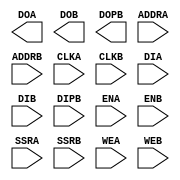
//    Xilinx Proprietary Primitive Cell X_RAMB16_S2_S18 for Verilog
//
// $Header: /devl/xcs/repo/env/Databases/CAEInterfaces/verplex_libs/data/simprims/X_RAMB16_S2_S18.v,v 1.5.138.3 2004/09/28 20:47:46 wloo Exp $
//

`celldefine
`timescale 1 ps/1 ps

module X_RAMB16_S2_S18 (DOA, DOB, DOPB, ADDRA, ADDRB, CLKA, CLKB, DIA, DIB, DIPB, ENA, ENB, SSRA, SSRB, WEA, WEB);

    parameter INIT_A = 2'h0;
    parameter INIT_B = 18'h0;
    parameter SRVAL_A = 2'h0;
    parameter SRVAL_B = 18'h0;
    parameter WRITE_MODE_A = "WRITE_FIRST";
    parameter WRITE_MODE_B = "WRITE_FIRST";
//    parameter SETUP_ALL = 10;
//    parameter SETUP_READ_FIRST = 30;

    parameter INIT_00 = 256'h0000000000000000000000000000000000000000000000000000000000000000;
    parameter INIT_01 = 256'h0000000000000000000000000000000000000000000000000000000000000000;
    parameter INIT_02 = 256'h0000000000000000000000000000000000000000000000000000000000000000;
    parameter INIT_03 = 256'h0000000000000000000000000000000000000000000000000000000000000000;
    parameter INIT_04 = 256'h0000000000000000000000000000000000000000000000000000000000000000;
    parameter INIT_05 = 256'h0000000000000000000000000000000000000000000000000000000000000000;
    parameter INIT_06 = 256'h0000000000000000000000000000000000000000000000000000000000000000;
    parameter INIT_07 = 256'h0000000000000000000000000000000000000000000000000000000000000000;
    parameter INIT_08 = 256'h0000000000000000000000000000000000000000000000000000000000000000;
    parameter INIT_09 = 256'h0000000000000000000000000000000000000000000000000000000000000000;
    parameter INIT_0A = 256'h0000000000000000000000000000000000000000000000000000000000000000;
    parameter INIT_0B = 256'h0000000000000000000000000000000000000000000000000000000000000000;
    parameter INIT_0C = 256'h0000000000000000000000000000000000000000000000000000000000000000;
    parameter INIT_0D = 256'h0000000000000000000000000000000000000000000000000000000000000000;
    parameter INIT_0E = 256'h0000000000000000000000000000000000000000000000000000000000000000;
    parameter INIT_0F = 256'h0000000000000000000000000000000000000000000000000000000000000000;
    parameter INIT_10 = 256'h0000000000000000000000000000000000000000000000000000000000000000;
    parameter INIT_11 = 256'h0000000000000000000000000000000000000000000000000000000000000000;
    parameter INIT_12 = 256'h0000000000000000000000000000000000000000000000000000000000000000;
    parameter INIT_13 = 256'h0000000000000000000000000000000000000000000000000000000000000000;
    parameter INIT_14 = 256'h0000000000000000000000000000000000000000000000000000000000000000;
    parameter INIT_15 = 256'h0000000000000000000000000000000000000000000000000000000000000000;
    parameter INIT_16 = 256'h0000000000000000000000000000000000000000000000000000000000000000;
    parameter INIT_17 = 256'h0000000000000000000000000000000000000000000000000000000000000000;
    parameter INIT_18 = 256'h0000000000000000000000000000000000000000000000000000000000000000;
    parameter INIT_19 = 256'h0000000000000000000000000000000000000000000000000000000000000000;
    parameter INIT_1A = 256'h0000000000000000000000000000000000000000000000000000000000000000;
    parameter INIT_1B = 256'h0000000000000000000000000000000000000000000000000000000000000000;
    parameter INIT_1C = 256'h0000000000000000000000000000000000000000000000000000000000000000;
    parameter INIT_1D = 256'h0000000000000000000000000000000000000000000000000000000000000000;
    parameter INIT_1E = 256'h0000000000000000000000000000000000000000000000000000000000000000;
    parameter INIT_1F = 256'h0000000000000000000000000000000000000000000000000000000000000000;
    parameter INIT_20 = 256'h0000000000000000000000000000000000000000000000000000000000000000;
    parameter INIT_21 = 256'h0000000000000000000000000000000000000000000000000000000000000000;
    parameter INIT_22 = 256'h0000000000000000000000000000000000000000000000000000000000000000;
    parameter INIT_23 = 256'h0000000000000000000000000000000000000000000000000000000000000000;
    parameter INIT_24 = 256'h0000000000000000000000000000000000000000000000000000000000000000;
    parameter INIT_25 = 256'h0000000000000000000000000000000000000000000000000000000000000000;
    parameter INIT_26 = 256'h0000000000000000000000000000000000000000000000000000000000000000;
    parameter INIT_27 = 256'h0000000000000000000000000000000000000000000000000000000000000000;
    parameter INIT_28 = 256'h0000000000000000000000000000000000000000000000000000000000000000;
    parameter INIT_29 = 256'h0000000000000000000000000000000000000000000000000000000000000000;
    parameter INIT_2A = 256'h0000000000000000000000000000000000000000000000000000000000000000;
    parameter INIT_2B = 256'h0000000000000000000000000000000000000000000000000000000000000000;
    parameter INIT_2C = 256'h0000000000000000000000000000000000000000000000000000000000000000;
    parameter INIT_2D = 256'h0000000000000000000000000000000000000000000000000000000000000000;
    parameter INIT_2E = 256'h0000000000000000000000000000000000000000000000000000000000000000;
    parameter INIT_2F = 256'h0000000000000000000000000000000000000000000000000000000000000000;
    parameter INIT_30 = 256'h0000000000000000000000000000000000000000000000000000000000000000;
    parameter INIT_31 = 256'h0000000000000000000000000000000000000000000000000000000000000000;
    parameter INIT_32 = 256'h0000000000000000000000000000000000000000000000000000000000000000;
    parameter INIT_33 = 256'h0000000000000000000000000000000000000000000000000000000000000000;
    parameter INIT_34 = 256'h0000000000000000000000000000000000000000000000000000000000000000;
    parameter INIT_35 = 256'h0000000000000000000000000000000000000000000000000000000000000000;
    parameter INIT_36 = 256'h0000000000000000000000000000000000000000000000000000000000000000;
    parameter INIT_37 = 256'h0000000000000000000000000000000000000000000000000000000000000000;
    parameter INIT_38 = 256'h0000000000000000000000000000000000000000000000000000000000000000;
    parameter INIT_39 = 256'h0000000000000000000000000000000000000000000000000000000000000000;
    parameter INIT_3A = 256'h0000000000000000000000000000000000000000000000000000000000000000;
    parameter INIT_3B = 256'h0000000000000000000000000000000000000000000000000000000000000000;
    parameter INIT_3C = 256'h0000000000000000000000000000000000000000000000000000000000000000;
    parameter INIT_3D = 256'h0000000000000000000000000000000000000000000000000000000000000000;
    parameter INIT_3E = 256'h0000000000000000000000000000000000000000000000000000000000000000;
    parameter INIT_3F = 256'h0000000000000000000000000000000000000000000000000000000000000000;
    parameter INITP_00 = 256'h0000000000000000000000000000000000000000000000000000000000000000;
    parameter INITP_01 = 256'h0000000000000000000000000000000000000000000000000000000000000000;
    parameter INITP_02 = 256'h0000000000000000000000000000000000000000000000000000000000000000;
    parameter INITP_03 = 256'h0000000000000000000000000000000000000000000000000000000000000000;
    parameter INITP_04 = 256'h0000000000000000000000000000000000000000000000000000000000000000;
    parameter INITP_05 = 256'h0000000000000000000000000000000000000000000000000000000000000000;
    parameter INITP_06 = 256'h0000000000000000000000000000000000000000000000000000000000000000;
    parameter INITP_07 = 256'h0000000000000000000000000000000000000000000000000000000000000000;

    output [1:0] DOA;
    reg [1:0] DOA;

    input [12:0] ADDRA;
    input [1:0] DIA;
    input ENA, CLKA, WEA, SSRA;

    output [15:0] DOB;
    output [1:0] DOPB;
    reg [15:0] DOB;
    reg [1:0] DOPB;

    input [9:0] ADDRB;
    input [15:0] DIB;
    input [1:0] DIPB;
    input ENB, CLKB, WEB, SSRB;


// synopsys translate_off
    reg [18431:0] mem;
    reg [8:0] count;
    reg [1:0] wr_mode_a, wr_mode_b;

    initial begin
	for (count = 0; count < 256; count = count + 1) begin
	    mem[count]		  <= INIT_00[count];
	    mem[256 * 1 + count]  <= INIT_01[count];
	    mem[256 * 2 + count]  <= INIT_02[count];
	    mem[256 * 3 + count]  <= INIT_03[count];
	    mem[256 * 4 + count]  <= INIT_04[count];
	    mem[256 * 5 + count]  <= INIT_05[count];
	    mem[256 * 6 + count]  <= INIT_06[count];
	    mem[256 * 7 + count]  <= INIT_07[count];
	    mem[256 * 8 + count]  <= INIT_08[count];
	    mem[256 * 9 + count]  <= INIT_09[count];
	    mem[256 * 10 + count] <= INIT_0A[count];
	    mem[256 * 11 + count] <= INIT_0B[count];
	    mem[256 * 12 + count] <= INIT_0C[count];
	    mem[256 * 13 + count] <= INIT_0D[count];
	    mem[256 * 14 + count] <= INIT_0E[count];
	    mem[256 * 15 + count] <= INIT_0F[count];
	    mem[256 * 16 + count] <= INIT_10[count];
	    mem[256 * 17 + count] <= INIT_11[count];
	    mem[256 * 18 + count] <= INIT_12[count];
	    mem[256 * 19 + count] <= INIT_13[count];
	    mem[256 * 20 + count] <= INIT_14[count];
	    mem[256 * 21 + count] <= INIT_15[count];
	    mem[256 * 22 + count] <= INIT_16[count];
	    mem[256 * 23 + count] <= INIT_17[count];
	    mem[256 * 24 + count] <= INIT_18[count];
	    mem[256 * 25 + count] <= INIT_19[count];
	    mem[256 * 26 + count] <= INIT_1A[count];
	    mem[256 * 27 + count] <= INIT_1B[count];
	    mem[256 * 28 + count] <= INIT_1C[count];
	    mem[256 * 29 + count] <= INIT_1D[count];
	    mem[256 * 30 + count] <= INIT_1E[count];
	    mem[256 * 31 + count] <= INIT_1F[count];
	    mem[256 * 32 + count] <= INIT_20[count];
	    mem[256 * 33 + count] <= INIT_21[count];
	    mem[256 * 34 + count] <= INIT_22[count];
	    mem[256 * 35 + count] <= INIT_23[count];
	    mem[256 * 36 + count] <= INIT_24[count];
	    mem[256 * 37 + count] <= INIT_25[count];
	    mem[256 * 38 + count] <= INIT_26[count];
	    mem[256 * 39 + count] <= INIT_27[count];
	    mem[256 * 40 + count] <= INIT_28[count];
	    mem[256 * 41 + count] <= INIT_29[count];
	    mem[256 * 42 + count] <= INIT_2A[count];
	    mem[256 * 43 + count] <= INIT_2B[count];
	    mem[256 * 44 + count] <= INIT_2C[count];
	    mem[256 * 45 + count] <= INIT_2D[count];
	    mem[256 * 46 + count] <= INIT_2E[count];
	    mem[256 * 47 + count] <= INIT_2F[count];
	    mem[256 * 48 + count] <= INIT_30[count];
	    mem[256 * 49 + count] <= INIT_31[count];
	    mem[256 * 50 + count] <= INIT_32[count];
	    mem[256 * 51 + count] <= INIT_33[count];
	    mem[256 * 52 + count] <= INIT_34[count];
	    mem[256 * 53 + count] <= INIT_35[count];
	    mem[256 * 54 + count] <= INIT_36[count];
	    mem[256 * 55 + count] <= INIT_37[count];
	    mem[256 * 56 + count] <= INIT_38[count];
	    mem[256 * 57 + count] <= INIT_39[count];
	    mem[256 * 58 + count] <= INIT_3A[count];
	    mem[256 * 59 + count] <= INIT_3B[count];
	    mem[256 * 60 + count] <= INIT_3C[count];
	    mem[256 * 61 + count] <= INIT_3D[count];
	    mem[256 * 62 + count] <= INIT_3E[count];
	    mem[256 * 63 + count] <= INIT_3F[count];
	    mem[256 * 64 + count] <= INITP_00[count];
	    mem[256 * 65 + count] <= INITP_01[count];
	    mem[256 * 66 + count] <= INITP_02[count];
	    mem[256 * 67 + count] <= INITP_03[count];
	    mem[256 * 68 + count] <= INITP_04[count];
	    mem[256 * 69 + count] <= INITP_05[count];
	    mem[256 * 70 + count] <= INITP_06[count];
	    mem[256 * 71 + count] <= INITP_07[count];
	end
    end

    initial begin
	case (WRITE_MODE_A)
	    "WRITE_FIRST" : wr_mode_a <= 2'b00;
	    "READ_FIRST"  : wr_mode_a <= 2'b01;
	    "NO_CHANGE"   : wr_mode_a <= 2'b10;
	    default       : begin
				$display("Error : WRITE_MODE_A = %s is not WRITE_FIRST, READ_FIRST or NO_CHANGE.", WRITE_MODE_A);
				$finish;
			    end
	endcase
    end

    initial begin
	case (WRITE_MODE_B)
	    "WRITE_FIRST" : wr_mode_b <= 2'b00;
	    "READ_FIRST"  : wr_mode_b <= 2'b01;
	    "NO_CHANGE"   : wr_mode_b <= 2'b10;
	    default       : begin
				$display("Error : WRITE_MODE_B = %s is not WRITE_FIRST, READ_FIRST or NO_CHANGE.", WRITE_MODE_B);
				$finish;
			    end
	endcase
    end

    // Port A
    always @(posedge CLKA) begin
	if (ENA == 1'b1) begin
	    if (SSRA == 1'b1) begin
		DOA[0] <= SRVAL_A[0];
		DOA[1] <= SRVAL_A[1];
	    end
	    else begin
		if (WEA == 1'b1) begin
		    if (wr_mode_a == 2'b00) begin
			DOA[0] <= DIA[0];
			DOA[1] <= DIA[1];
		    end
		    else if (wr_mode_a == 2'b01) begin
			DOA[0] <= mem[ADDRA * 2 + 0];
			DOA[1] <= mem[ADDRA * 2 + 1];
		    end
		end
		else begin
		    DOA[0] <= mem[ADDRA * 2 + 0];
		    DOA[1] <= mem[ADDRA * 2 + 1];
		end
	    end
	end
    end

    always @(posedge CLKA) begin
	if (ENA == 1'b1 && WEA == 1'b1) begin
	    mem[ADDRA * 2 + 0] <= DIA[0];
	    mem[ADDRA * 2 + 1] <= DIA[1];
	end
    end

    // Port B
    always @(posedge CLKB) begin
	if (ENB == 1'b1) begin
	    if (SSRB == 1'b1) begin
		DOB[0] <= SRVAL_B[0];
		DOB[1] <= SRVAL_B[1];
		DOB[2] <= SRVAL_B[2];
		DOB[3] <= SRVAL_B[3];
		DOB[4] <= SRVAL_B[4];
		DOB[5] <= SRVAL_B[5];
		DOB[6] <= SRVAL_B[6];
		DOB[7] <= SRVAL_B[7];
		DOB[8] <= SRVAL_B[8];
		DOB[9] <= SRVAL_B[9];
		DOB[10] <= SRVAL_B[10];
		DOB[11] <= SRVAL_B[11];
		DOB[12] <= SRVAL_B[12];
		DOB[13] <= SRVAL_B[13];
		DOB[14] <= SRVAL_B[14];
		DOB[15] <= SRVAL_B[15];
		DOPB[0] <= SRVAL_B[16];
		DOPB[1] <= SRVAL_B[17];
	    end
	    else begin
		if (WEB == 1'b1) begin
		    if (wr_mode_b == 2'b00) begin
			DOB[0] <= DIB[0];
			DOB[1] <= DIB[1];
			DOB[2] <= DIB[2];
			DOB[3] <= DIB[3];
			DOB[4] <= DIB[4];
			DOB[5] <= DIB[5];
			DOB[6] <= DIB[6];
			DOB[7] <= DIB[7];
			DOB[8] <= DIB[8];
			DOB[9] <= DIB[9];
			DOB[10] <= DIB[10];
			DOB[11] <= DIB[11];
			DOB[12] <= DIB[12];
			DOB[13] <= DIB[13];
			DOB[14] <= DIB[14];
			DOB[15] <= DIB[15];
			DOPB[0] <= DIPB[0];
			DOPB[1] <= DIPB[1];
		    end
		    else if (wr_mode_b == 2'b01) begin
			DOB[0] <= mem[ADDRB * 16 + 0];
			DOB[1] <= mem[ADDRB * 16 + 1];
			DOB[2] <= mem[ADDRB * 16 + 2];
			DOB[3] <= mem[ADDRB * 16 + 3];
			DOB[4] <= mem[ADDRB * 16 + 4];
			DOB[5] <= mem[ADDRB * 16 + 5];
			DOB[6] <= mem[ADDRB * 16 + 6];
			DOB[7] <= mem[ADDRB * 16 + 7];
			DOB[8] <= mem[ADDRB * 16 + 8];
			DOB[9] <= mem[ADDRB * 16 + 9];
			DOB[10] <= mem[ADDRB * 16 + 10];
			DOB[11] <= mem[ADDRB * 16 + 11];
			DOB[12] <= mem[ADDRB * 16 + 12];
			DOB[13] <= mem[ADDRB * 16 + 13];
			DOB[14] <= mem[ADDRB * 16 + 14];
			DOB[15] <= mem[ADDRB * 16 + 15];
			DOPB[0] <= mem[16384 + ADDRB * 2 + 0];
			DOPB[1] <= mem[16384 + ADDRB * 2 + 1];
		    end
		end
		else begin
		    DOB[0] <= mem[ADDRB * 16 + 0];
		    DOB[1] <= mem[ADDRB * 16 + 1];
		    DOB[2] <= mem[ADDRB * 16 + 2];
		    DOB[3] <= mem[ADDRB * 16 + 3];
		    DOB[4] <= mem[ADDRB * 16 + 4];
		    DOB[5] <= mem[ADDRB * 16 + 5];
		    DOB[6] <= mem[ADDRB * 16 + 6];
		    DOB[7] <= mem[ADDRB * 16 + 7];
		    DOB[8] <= mem[ADDRB * 16 + 8];
		    DOB[9] <= mem[ADDRB * 16 + 9];
		    DOB[10] <= mem[ADDRB * 16 + 10];
		    DOB[11] <= mem[ADDRB * 16 + 11];
		    DOB[12] <= mem[ADDRB * 16 + 12];
		    DOB[13] <= mem[ADDRB * 16 + 13];
		    DOB[14] <= mem[ADDRB * 16 + 14];
		    DOB[15] <= mem[ADDRB * 16 + 15];
		    DOPB[0] <= mem[16384 + ADDRB * 2 + 0];
		    DOPB[1] <= mem[16384 + ADDRB * 2 + 1];
		end
	    end
	end
    end

    always @(posedge CLKB) begin
	if (ENB == 1'b1 && WEB == 1'b1) begin
	    mem[ADDRB * 16 + 0] <= DIB[0];
	    mem[ADDRB * 16 + 1] <= DIB[1];
	    mem[ADDRB * 16 + 2] <= DIB[2];
	    mem[ADDRB * 16 + 3] <= DIB[3];
	    mem[ADDRB * 16 + 4] <= DIB[4];
	    mem[ADDRB * 16 + 5] <= DIB[5];
	    mem[ADDRB * 16 + 6] <= DIB[6];
	    mem[ADDRB * 16 + 7] <= DIB[7];
	    mem[ADDRB * 16 + 8] <= DIB[8];
	    mem[ADDRB * 16 + 9] <= DIB[9];
	    mem[ADDRB * 16 + 10] <= DIB[10];
	    mem[ADDRB * 16 + 11] <= DIB[11];
	    mem[ADDRB * 16 + 12] <= DIB[12];
	    mem[ADDRB * 16 + 13] <= DIB[13];
	    mem[ADDRB * 16 + 14] <= DIB[14];
	    mem[ADDRB * 16 + 15] <= DIB[15];
	    mem[16384 + ADDRB * 2 + 0] <= DIPB[0];
	    mem[16384 + ADDRB * 2 + 1] <= DIPB[1];
	end
    end
// synopsys translate_on

endmodule